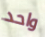
واحد